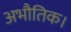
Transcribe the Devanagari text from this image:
अभौतिक।